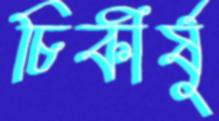
চিকীর্ষু